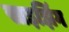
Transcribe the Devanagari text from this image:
साइझिंग